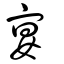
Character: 宴